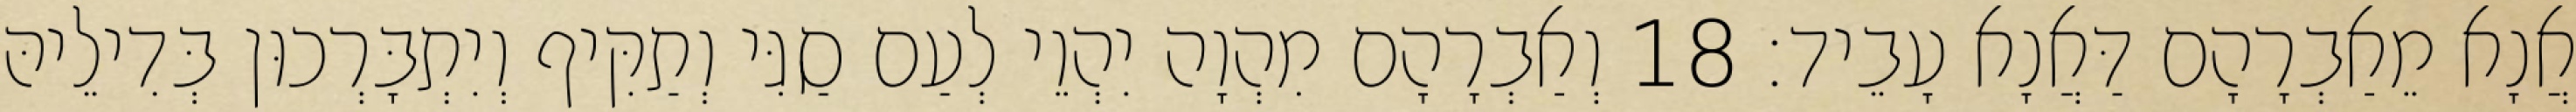
אֲנָא מֵאַבְרָהָם דַּאֲנָא עָבֵיד׃ 18 וְאַבְרָהָם מִהְוָה יִהְוֵי לְעַם סַגִּי וְתַקִּיף וְיִתְבָּרְכוּן בְּדִילֵיהּ